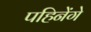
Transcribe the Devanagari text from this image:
पहिनेंगे